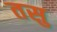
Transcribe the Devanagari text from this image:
तसु